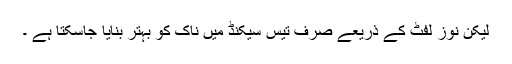
لیکن نوز لفٹ کے ذریعے صرف تیس سیکنڈ میں ناک کو بہتر بنایا جاسکتا ہے ۔